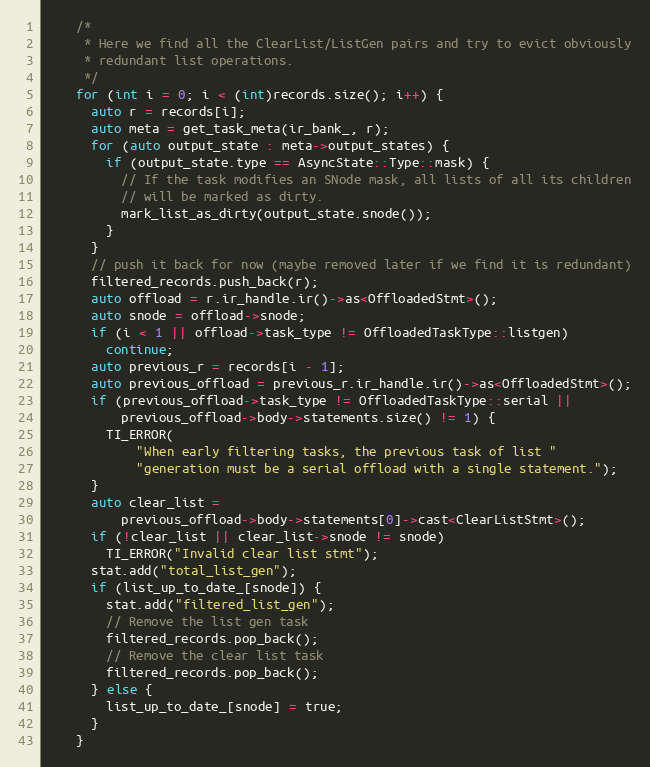
Language: C++
    /*
     * Here we find all the ClearList/ListGen pairs and try to evict obviously
     * redundant list operations.
     */
    for (int i = 0; i < (int)records.size(); i++) {
      auto r = records[i];
      auto meta = get_task_meta(ir_bank_, r);
      for (auto output_state : meta->output_states) {
        if (output_state.type == AsyncState::Type::mask) {
          // If the task modifies an SNode mask, all lists of all its children
          // will be marked as dirty.
          mark_list_as_dirty(output_state.snode());
        }
      }
      // push it back for now (maybe removed later if we find it is redundant)
      filtered_records.push_back(r);
      auto offload = r.ir_handle.ir()->as<OffloadedStmt>();
      auto snode = offload->snode;
      if (i < 1 || offload->task_type != OffloadedTaskType::listgen)
        continue;
      auto previous_r = records[i - 1];
      auto previous_offload = previous_r.ir_handle.ir()->as<OffloadedStmt>();
      if (previous_offload->task_type != OffloadedTaskType::serial ||
          previous_offload->body->statements.size() != 1) {
        TI_ERROR(
            "When early filtering tasks, the previous task of list "
            "generation must be a serial offload with a single statement.");
      }
      auto clear_list =
          previous_offload->body->statements[0]->cast<ClearListStmt>();
      if (!clear_list || clear_list->snode != snode)
        TI_ERROR("Invalid clear list stmt");
      stat.add("total_list_gen");
      if (list_up_to_date_[snode]) {
        stat.add("filtered_list_gen");
        // Remove the list gen task
        filtered_records.pop_back();
        // Remove the clear list task
        filtered_records.pop_back();
      } else {
        list_up_to_date_[snode] = true;
      }
    }